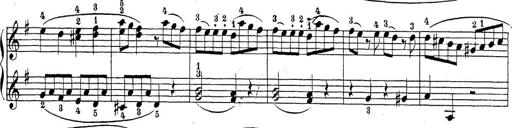
Title: Sonatina Album
Composer: Louis KÃ¶hler